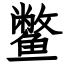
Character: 鳖